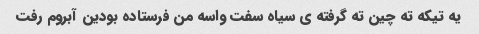
یه تیکه ته چین ته گرفته ی سیاه سفت واسه من فرستاده بودین آبروم رفت